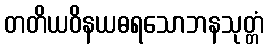
တတိယဝိနယဓရသောဘနသုတ္တံ